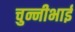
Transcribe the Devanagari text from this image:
चुन्नीभाई